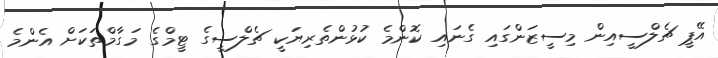
އޭޕީ ޗެލްސީއިން މިސީޒަންގައި ގެނައި ކޮންމެ ކުޅުންތެރިޔަކީ ޗެލްސީގެ ޓީމްގެ މަގާމްތަކަށް އެންމެ